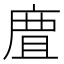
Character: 𢉺